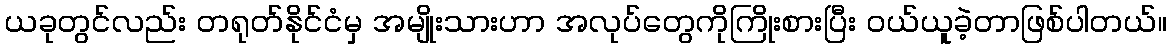
ယခုတွင်လည်း တရုတ်နိုင်ငံမှ အမျိုးသားဟာ အလုပ်တွေကိုကြိုးစားပြီး ဝယ်ယူခဲ့တာဖြစ်ပါတယ်။